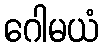
ဂေါမယံ